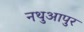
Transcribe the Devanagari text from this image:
नथुआपुर